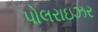
પોલરાઇઝર